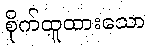
စိုက်ထူထားသော